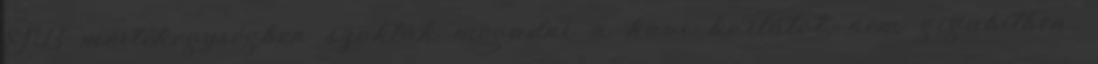
GB mértékegységben szokták megadni a havi korlátot, nem gigabitben.